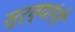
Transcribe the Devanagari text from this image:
सुर्व्यांनी